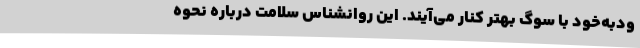
ودبه‌خود با سوگ بهتر کنار می‌آیند. این روانشناس سلامت درباره نحوه